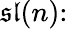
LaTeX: {\mathfrak{sl}}(n)\colon